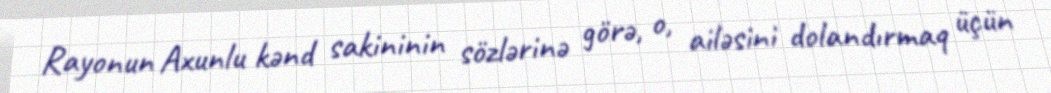
Rayonun Axunlu kənd sakininin sözlərinə görə, o, ailəsini dolandırmaq üçün